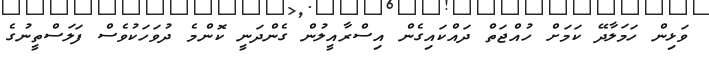
ވަޅިން ހަމަލާދޭ ކަމަށް ހުއްޖަތް ދައްކައިގެން އިސްރާއީލުން ގެންދަނީ ކޮންމެ ދުވަހަކުވެސް ފަލަސްތީނުގެ